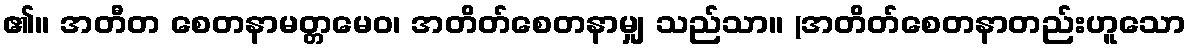
၏။ အတီတ စေတနာမတ္တမေဝ၊ အတိတ်စေတနာမျှ သည်သာ။ (အတိတ်စေတနာတည်းဟူသော